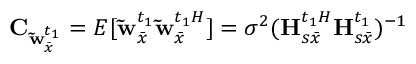
{ { \bf { C } } _ { { \bf { \tilde { w } } } _ { \bar { x } } ^ { { t _ { 1 } } } } } = E [ { \bf { \tilde { w } } } _ { \bar { x } } ^ { { t _ { 1 } } } { \bf { \tilde { w } } } { _ { \bar { x } } ^ { { { t _ { 1 } } } H } } ] = { \sigma ^ { 2 } } { ( { \bf { H } } { _ { s \bar { x } } ^ { { { t _ { 1 } } } H } } { \bf { H } } _ { s \bar { x } } ^ { { t _ { 1 } } } ) ^ { - 1 } }